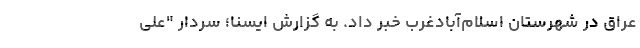
عراق در شهرستان اسلام‌آبادغرب خبر داد. به گزارش ایسنا؛ سردار "علی